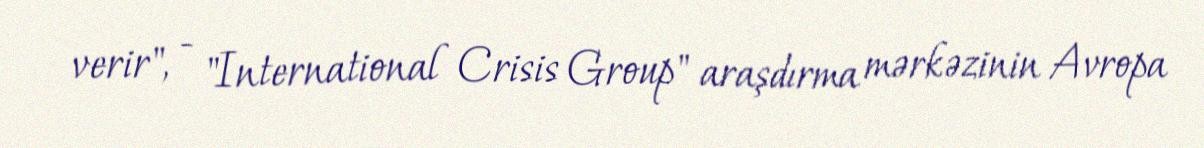
verir", - "International Crisis Group" araşdırma mərkəzinin Avropa